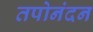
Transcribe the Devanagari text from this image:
तपोनंदन